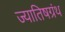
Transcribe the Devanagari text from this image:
ज्यातिषग्रंथ